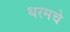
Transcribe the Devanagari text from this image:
धरमचे